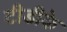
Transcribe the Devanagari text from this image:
टीडीके